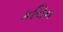
કચિન